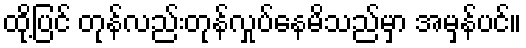
ထို့ပြင် တုန်လည်းတုန်လှုပ်နေမိသည်မှာ အမှန်ပင်။